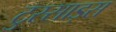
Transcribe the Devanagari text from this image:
टुस्साड्स